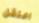
اعتقل